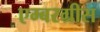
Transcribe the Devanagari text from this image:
एम्बरग्रीस